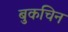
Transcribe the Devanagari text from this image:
बुकचिन